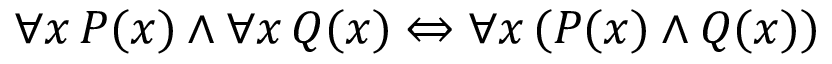
\forall x \, P ( x ) \land \forall x \, Q ( x ) \Leftrightarrow \forall x \, ( P ( x ) \land Q ( x ) )